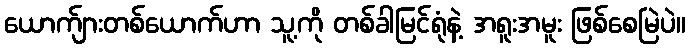
ယောက်ျားတစ်ယောက်ဟာ သူ့ကို တစ်ခါမြင်ရုံနဲ့ အရူးအမူး ဖြစ်စေမြဲပဲ။